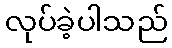
လုပ်ခဲ့ပါသည်